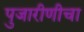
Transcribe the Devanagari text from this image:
पुजारीणीचा